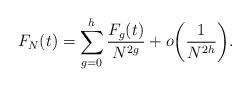
LaTeX: \begin{align*}F_N(t) = \sum_{g=0}^h \frac{F_g(t)}{N^{2g}} + o\bigg{(} \frac{1}{N^{2h}} \bigg{)}.\end{align*}